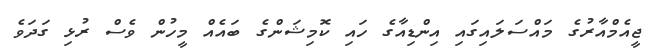
ޖީއެމްއާރުގެ މައްސަލައިގައި އިންޑިއާގެ ހައި ކޮމިޝަންގެ ބައެއް މީހުން ވެސް ރުޅި ގަދަވެ